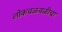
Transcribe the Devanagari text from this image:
लोकचळवळीचा